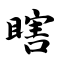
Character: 瞎